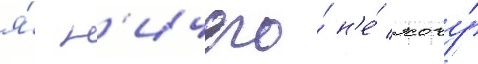
я́ н'ичего́ н'е́ хочу́